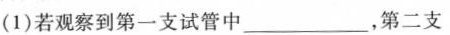
（1）若观察到第一支试管中___，第二支